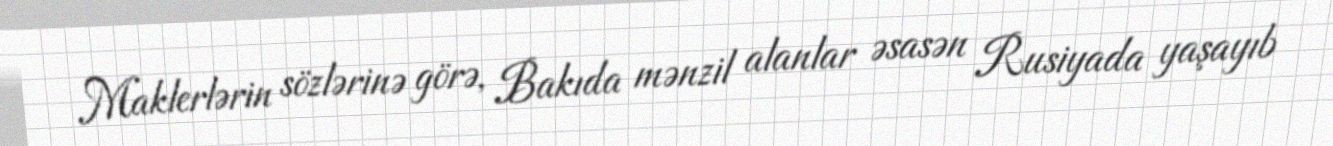
Maklerlərin sözlərinə görə, Bakıda mənzil alanlar əsasən Rusiyada yaşayıb